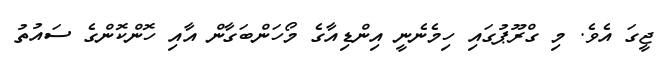
ޖީގަ އެވެ. މި ގްރޫޕުގައި ހިމެނެނީ އިންޑިއާގެ މޯހަންބަގާން އާއި ހޮންކޮންގެ ސައުތު